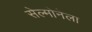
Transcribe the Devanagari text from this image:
सेल्मोनेला